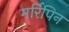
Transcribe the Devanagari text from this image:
मर्रिपिन